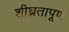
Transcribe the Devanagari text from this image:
शीघ्रतापूर्ण